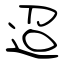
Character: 迢